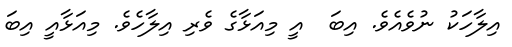
އިލާހަކު ނުވެއެވެ. އިބަ  އީ މިއަޅާގެ ވެރި އިލާހެވެ. މިއަޅާއީ އިބަ